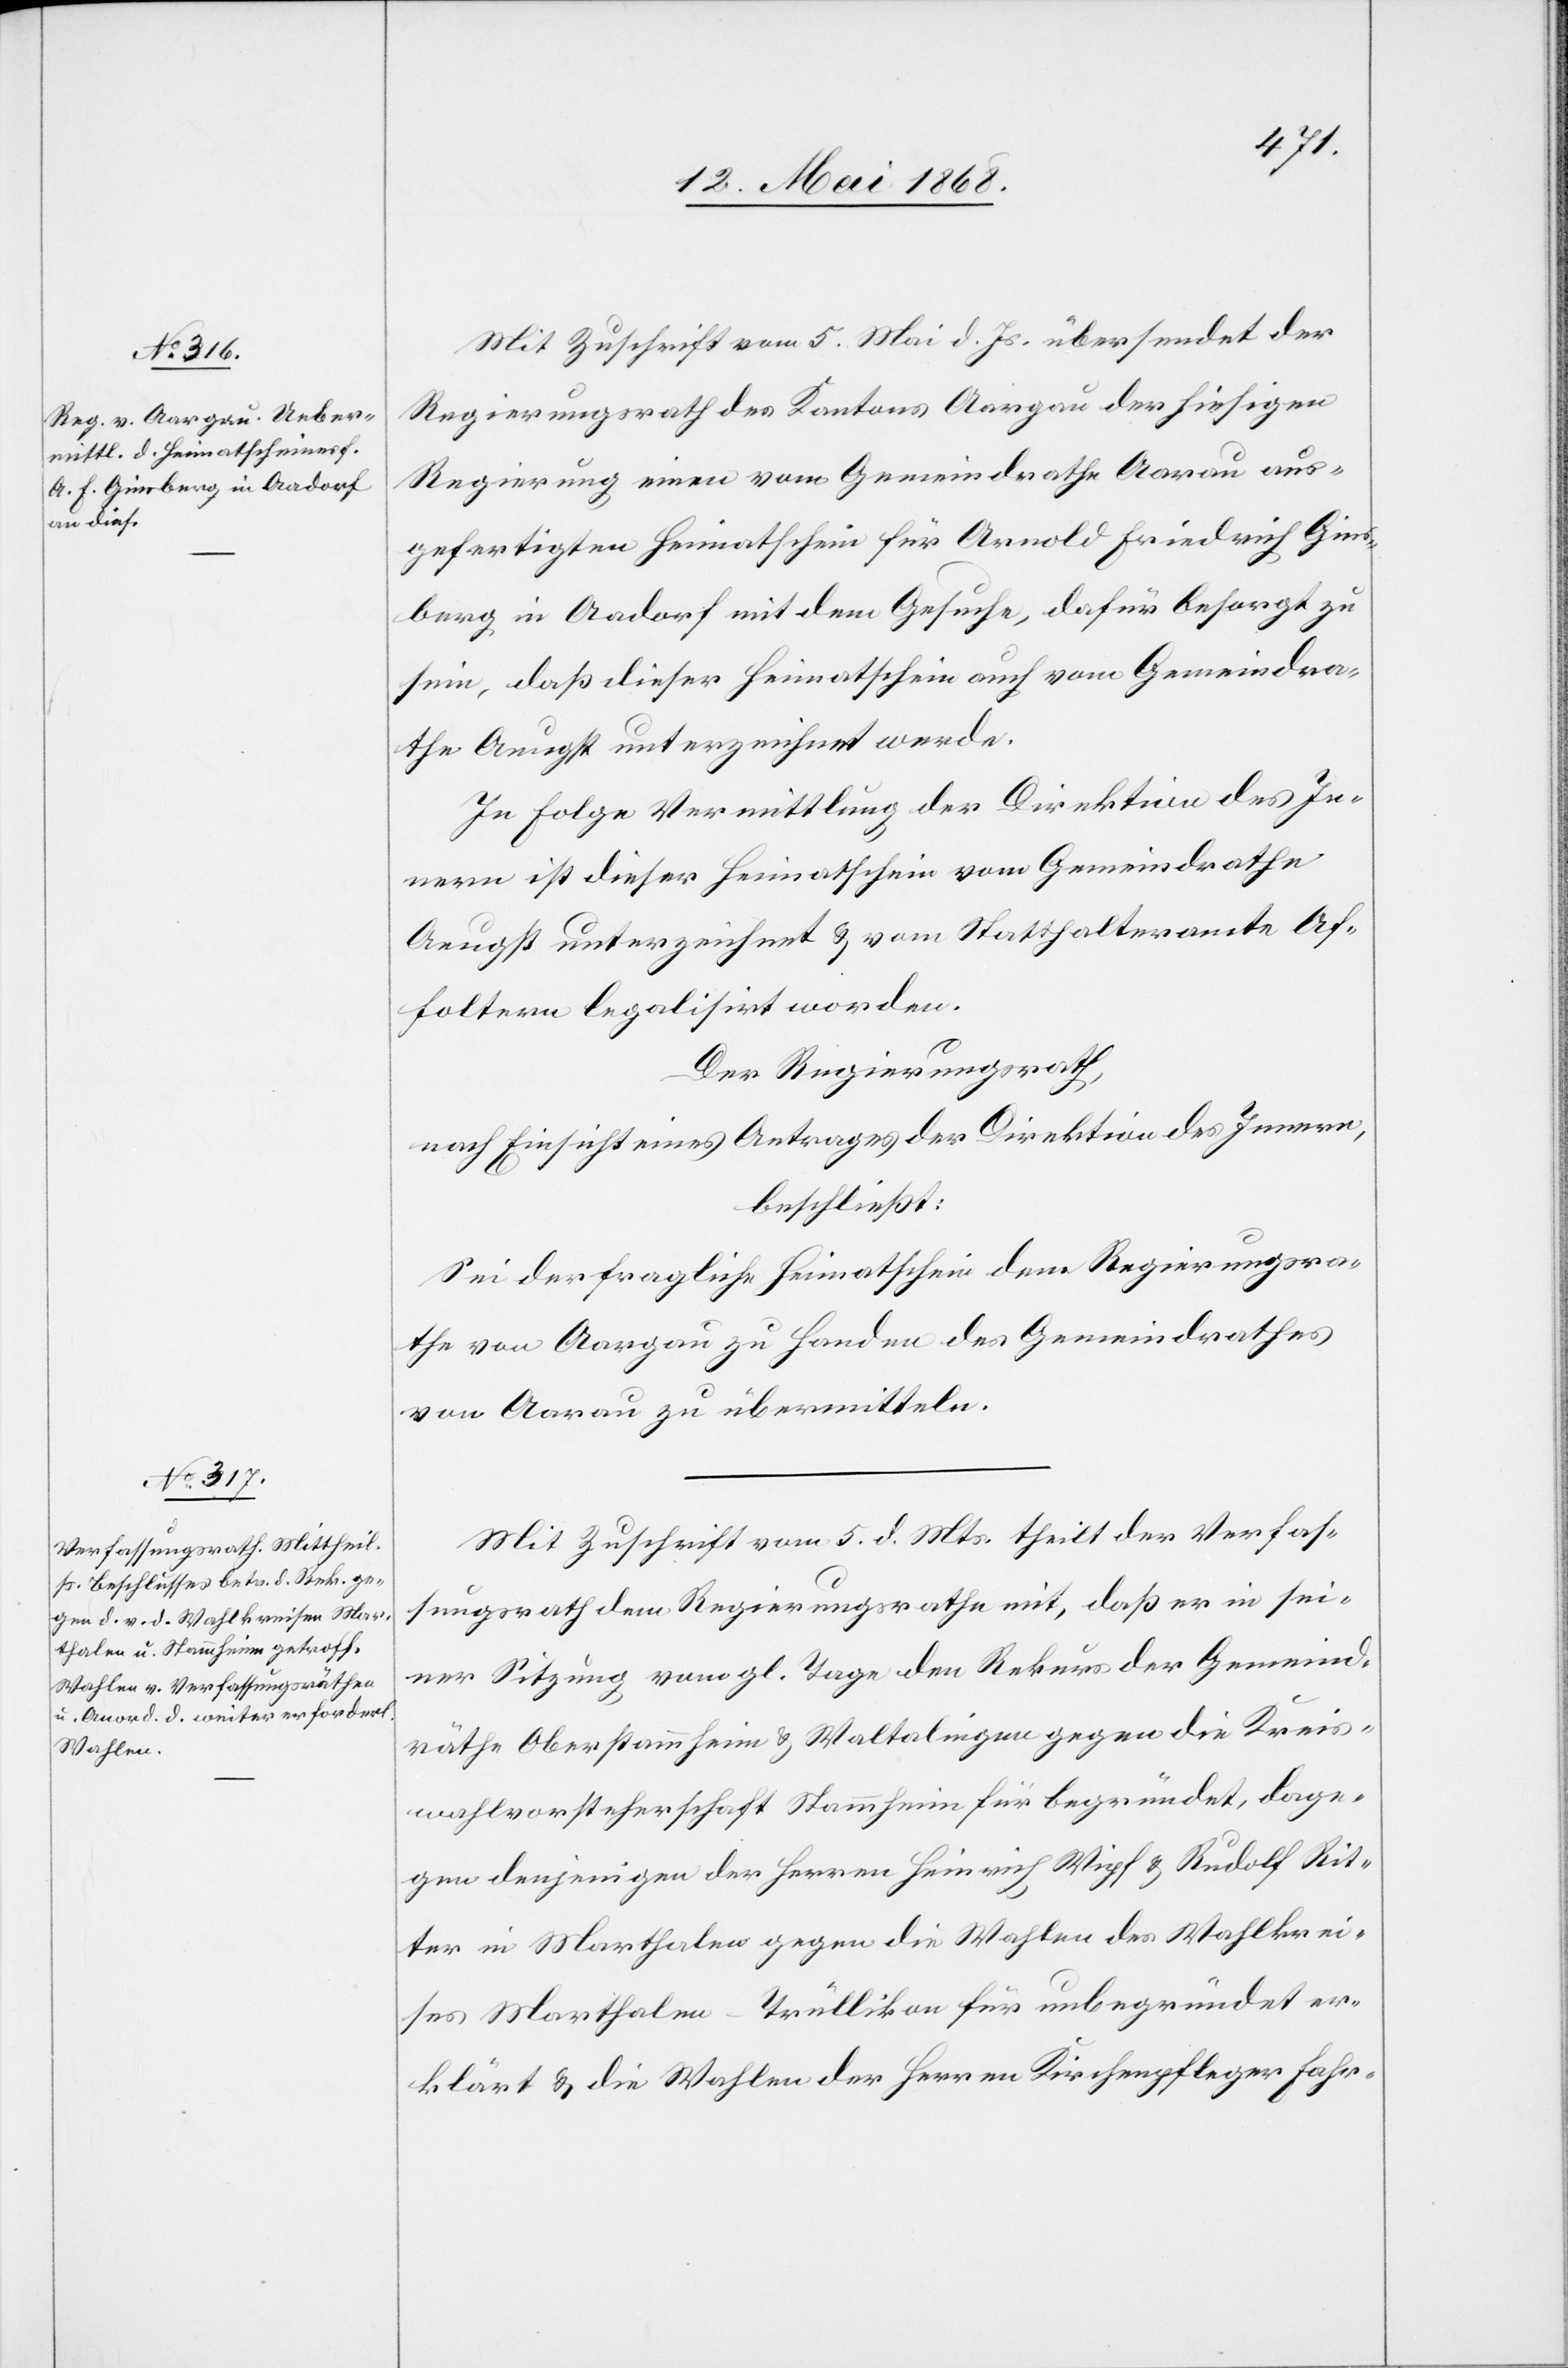
Mit Zuschrift vom 5. Mai d. Js. übersendet der
Regierungsrath des Kantons Aargau der hiesigen
Regierung einen vom Gemeindrathe Aarau aus¬
gefertigten Heimatschein für Arnold Friedrich Gins¬
berg in Aadorf mit dem Gesuche, dafür besorgt zu
sein, daß dieser Heimatschein auch vom Gemeindra¬
the Aeugst unterzeichnet werde.
In Folge Vermittlung der Direktion des In¬
nern ist dieser Heimatschein vom Gemeindrathe
Aeugst unterzeichnet & vom Statthalteramte Af¬
foltern legalisirt worden.
Der Regierungsrath,
nach Einsicht eines Antrages der Direktion des Innern,
beschließt:
Sei der fragliche Heimatschein dem Regierungsra¬
the von Aargau zu Handen des Gemeindrathes
von Aarau zu übermitteln.
Mit Zuschrift vom 5. d. Mts. theilt der Verfas¬
sungsrath dem Regierungsrathe mit, daß er in sei¬
ner Sitzung vom gl. Tage den Rekurs der Gemeind¬
räthe Oberstammheim & Waltalingen gegen die Kreis¬
wahlvorsteherschaft Stammheim für begründet, dage¬
gen denjenigen der Herren Heinrich Wipf & Rudolf Tit¬
ter in Marthalen gegen die Wahlen des Wahlkrei¬
ses Marthalen-Trüllikon für unbegründet er¬
klärt & die Wahlen der Herren Kirchenpfleger Fahr-